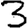
Digit: 3